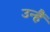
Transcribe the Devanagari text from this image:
उन्हैं